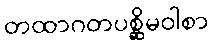
တထာဂတပစ္ဆိမဝါစာ